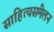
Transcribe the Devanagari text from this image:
साहित्यसंमेलन